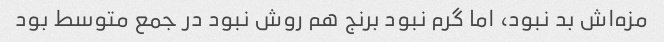
مزه‌اش بد نبود، اما گرم نبود برنج هم روش نبود در جمع متوسط بود